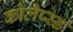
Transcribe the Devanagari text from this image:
कोलैप्स्ड